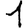
Digit: 1